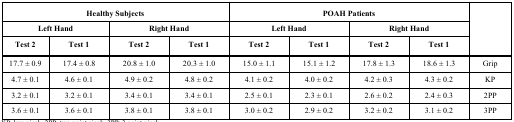
<table><thead><tr><td colspan="4"><b>Healthy Subjects</b></td><td colspan="4"><b>POAH Patients</b></td><td rowspan="3"></td></tr><tr><td colspan="2"><b>Left Hand</b></td><td colspan="2"><b>Right Hand</b></td><td colspan="2"><b>Left Hand</b></td><td colspan="2"><b>Right Hand</b></td></tr><tr><td><b>Test 2</b></td><td><b>Test 1</b></td><td><b>Test 2</b></td><td><b>Test 1</b></td><td><b>Test 2</b></td><td><b>Test 1</b></td><td><b>Test 2</b></td><td><b>Test 1</b></td></tr></thead><tbody><tr><td>17.7 ± 0.9</td><td>17.4 ± 0.8</td><td>20.8 ± 1.0</td><td>20.3 ± 1.0</td><td>15.0 ± 1.1</td><td>15.1 ± 1.2</td><td>17.8 ± 1.3</td><td>18.6 ± 1.3</td><td>Grip</td></tr><tr><td>4.7 ± 0.1</td><td>4.6 ± 0.1</td><td>4.9 ± 0.2</td><td>4.8 ± 0.2</td><td>4.1 ± 0.2</td><td>4.0 ± 0.2</td><td>4.2 ± 0.3</td><td>4.3 ± 0.2</td><td>KP</td></tr><tr><td>3.2 ± 0.1</td><td>3.2 ± 0.1</td><td>3.4 ± 0.1</td><td>3.4 ± 0.1</td><td>2.5 ± 0.1</td><td>2.3 ± 0.1</td><td>2.6 ± 0.2</td><td>2.4 ± 0.3</td><td>2PP</td></tr><tr><td>3.6 ± 0.1</td><td>3.6 ± 0.1</td><td>3.8 ± 0.1</td><td>3.8 ± 0.1</td><td>3.0 ± 0.2</td><td>2.9 ± 0.2</td><td>3.2 ± 0.2</td><td>3.1 ± 0.2</td><td>3PP</td></tr></tbody></table>